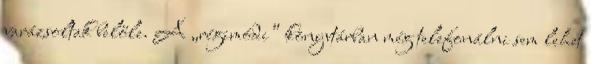
varázsoltak belőle. A „régimódi” könyvtárban még telefonálni sem lehet